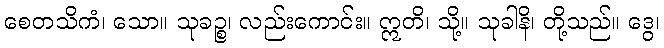
စေတသိကံ၊ သော။ သုခဉ္စ၊ လည်းကောင်း။ ဣတိ၊ သို့။ သုခါနိ၊ တို့သည်။ ဒွေ၊